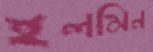
ইলমিন